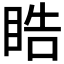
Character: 𭾵